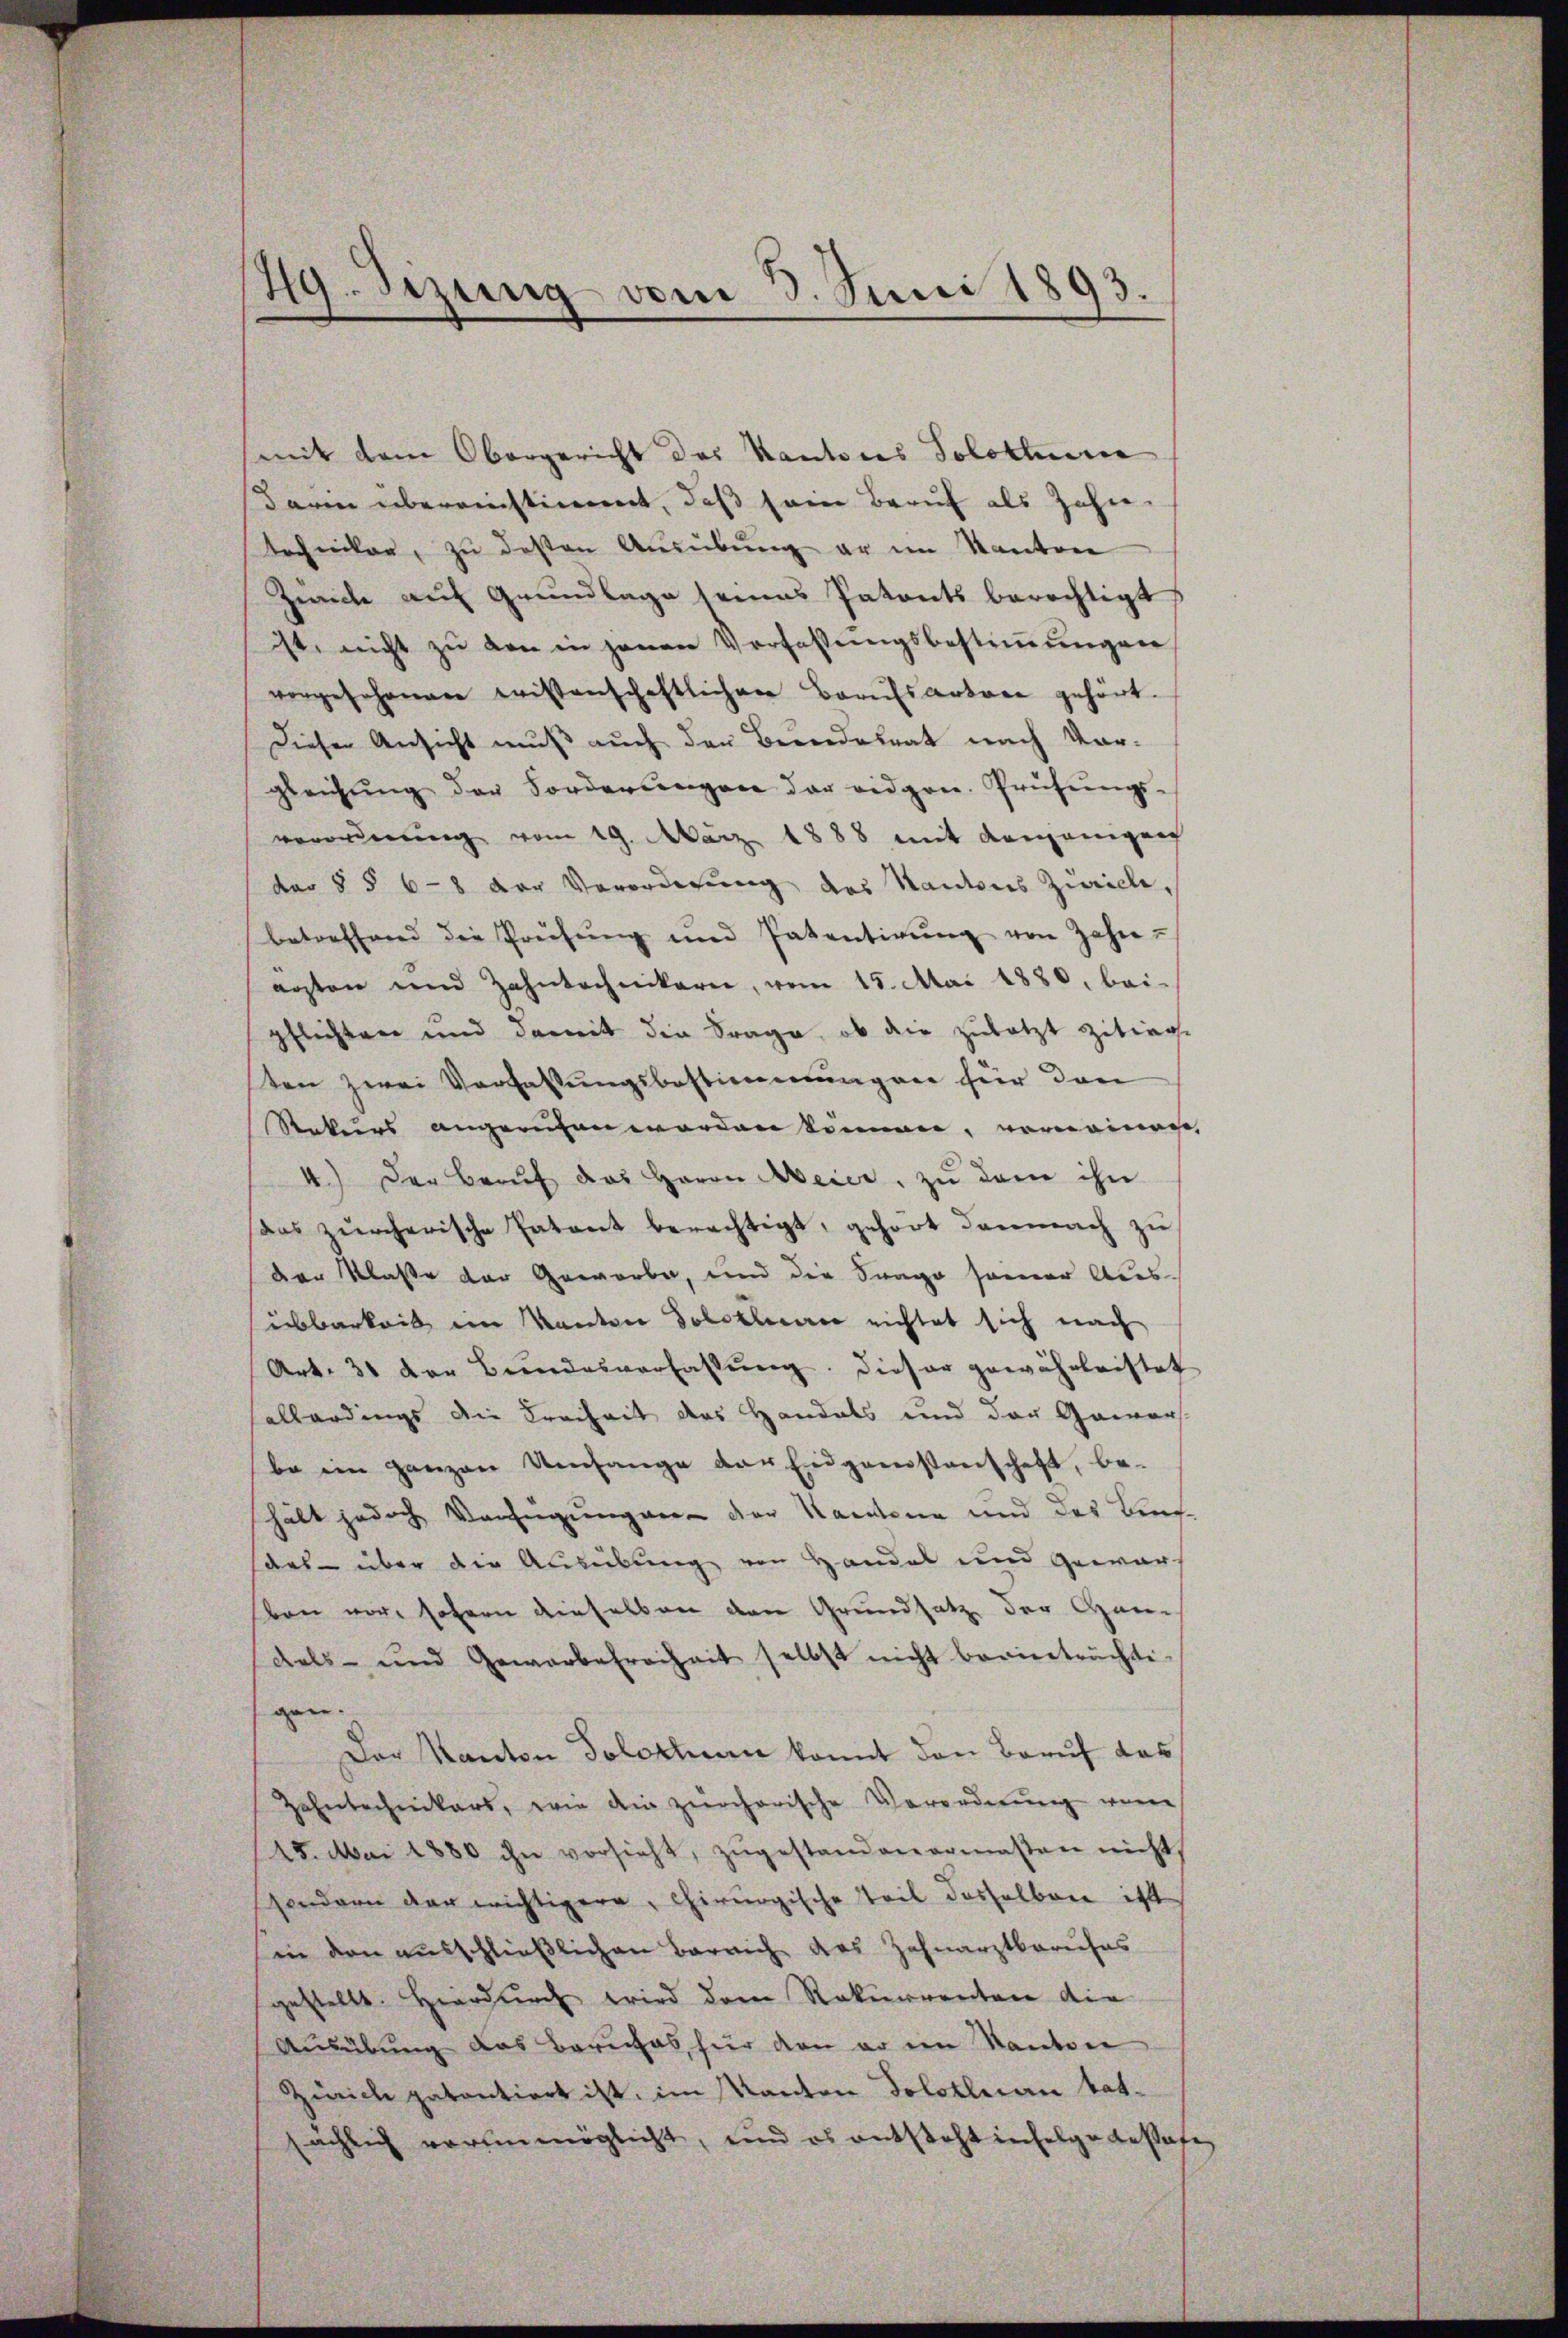
49. Sizung vom 3. Juni 1893.

mit dem Obergericht des Kantons Solothurer
darin übereinstimmt, daß sein Beruf als Jahre
Techniker, zu deßen Ausübung er im Kanton
Zwicke auf Grundlage seines Patents berechtigt,
ist nicht zu den in jenen Verfassungsbestimmungen
vorgesehenen wissenschaftlichen Berufsartare gehört.
Diese Ansicht muß auch der Bundesrat nach Vor-
gleichŭng der Forderŭngen der eidgen. Prüfŭngs-
verordnung vom 19. März 1888 mit denjenigen
der §§ 68 der Verordnung des Kantons Zürich,
betreffend die Preisŭng und Patentirŭng von Zahn-
arsten und Zahntechnikerei, vom 15. Mai 1880, bei-
pflichten und damit die Frage, ob die zuletzt zitier-
ten zwei Verfassŭngsbestimmungen für dan
Rekurs angerufen worden können, vernommen,
4.) Der Braŭf das Herrn Meier, zu dem ihn
das zürcherische Patent berechtigt, gehört danach zu
der Klasse der Geworbe, und die Frage seiner Ausübbarkeit im Kanton Solotten nichtet sich nach
Art. 31 der Bundesverfassŭng. Dieser gewährleistet
allerdings die Freiheit des Handels und der Gawar
be im ganzen Umfange der Eidgenstenschaft, be-
hält jedoch Verfügung ver- der Kantone und des Bundes über der Ausübung von Handel und Gewär-
ben vor, sofern dieselben den Grundsatz der Handels- und Gewerbefreiheit selbst nicht beeinträchti-
gen.
Der Kanton Solothurn kannt den Beruf das
Zehntechnikers, wie ain zürcherische Verordnung wenn
15. Mai 1880 ihn vorsieht, zŭgestandenermassen nicht,
sondern der wichtigere, chirurgische Teil desselben ist
in den ausschließlichen Barrich des Zahnarztberufes
gestellt. Hierdurch wird dem Rekurrenten die
Ausübung das Beruhas hier von er im Kanton
Zürich patentiert ist, im Kanton Solothurn tatsächlich verunmöglicht, und es entsteht infolge desstate